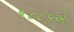
૧૮૮૬એ